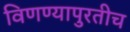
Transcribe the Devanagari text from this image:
विणण्यापुरतीच